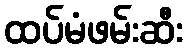
ထပ်မံဖမ်းဆီး